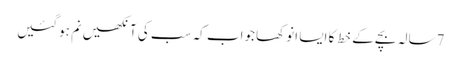
7سالہ بچے کے خط کا ایسا انوکھا جواب کہ سب کی آنکھیں نم ہوگئیں